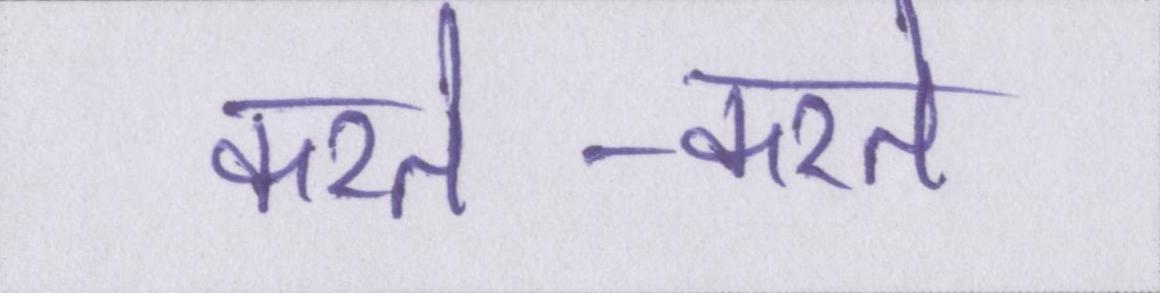
करते-करते